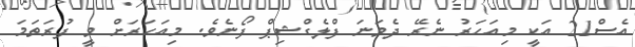
އެސް21 އަކީ މިއަހަރު ނެރޭ ދެވަނަ ފްލެގްޝިޕް ފޯނެވެ. މިއަހަރަށް ވީ ފުރަތަމަ